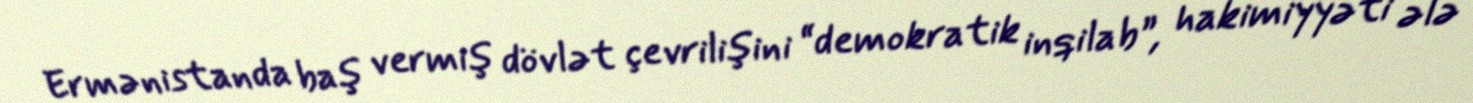
Ermənistanda baş vermiş dövlət çevrilişini “demokratik inqilab”, hakimiyyəti ələ